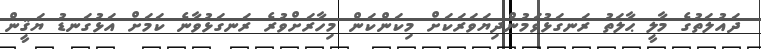
ދައުލަތުގެ މާލީ ޙާލަތު ރަނގަޅުވަމުންދިޔަވަރަކަށް މިކަންކަން މިހާރަށްވުރެ ރަނގަޅުވާނެ ކަމަށް އަޅުގަނޑު ޔަޤީން